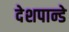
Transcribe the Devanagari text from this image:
देशपान्डे